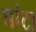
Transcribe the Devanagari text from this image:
घांटा